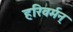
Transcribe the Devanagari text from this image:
हरिवर्मन्‌